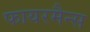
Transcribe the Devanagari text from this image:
फायरमैन्स